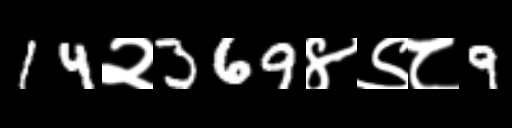
Text: 14२369४९८9